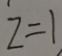
Z = 1